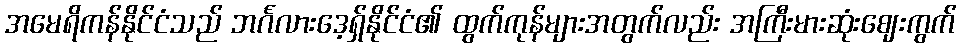
အမေရိကန်နိုင်ငံသည် ဘင်္ဂလားဒေ့ရှ်နိုင်ငံ၏ ထွက်ကုန်များအတွက်လည်း အကြီးမားဆုံးဈေးကွက်